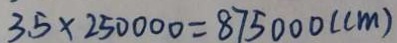
3 . 5 \times 2 5 0 0 0 0 = 8 7 5 0 0 0 ( c m )